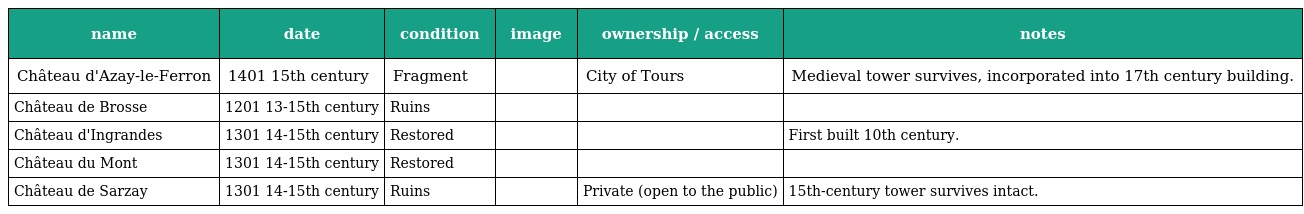
| name | date | condition | image | ownership / access | notes |
 | --- | --- | --- | --- | --- | --- |
 | Château d'Azay-le-Ferron | 1401 15th century | Fragment |  | City of Tours | Medieval tower survives, incorporated into 17th century building. |
 | Château de Brosse | 1201 13-15th century | Ruins |  |  |  |
 | Château d'Ingrandes | 1301 14-15th century | Restored |  |  | First built 10th century. |
 | Château du Mont | 1301 14-15th century | Restored |  |  |  |
 | Château de Sarzay | 1301 14-15th century | Ruins |  | Private (open to the public) | 15th-century tower survives intact. |